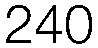
240